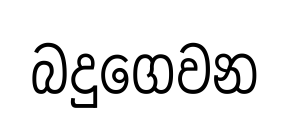
බදුගෙවන